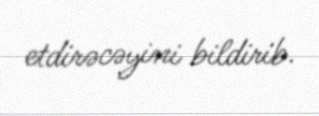
etdirəcəyini bildirib.